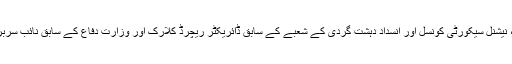
ان میں سابق کہنہ سفارتکار نکلس برنز، نیشنل سیکورٹی کونسل اور انسداد دہشت گردی کے شعبے کے سابق ڈائریکٹر ریچرڈ کلارک اور وزارت دفاع کے سابق نائب سربراہ مائل فلورنوی کے نام بھی شامل ہیں۔